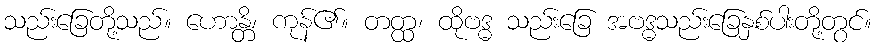
သည်းခြေတို့သည်။ ဟောန္တိ၊ ကုန်၏။ တတ္ထ၊ ထိုဗဒ္ဓ သည်းခြေ အဗဒ္ဓသည်းခြေနှစ်ပါးတို့တွင်။